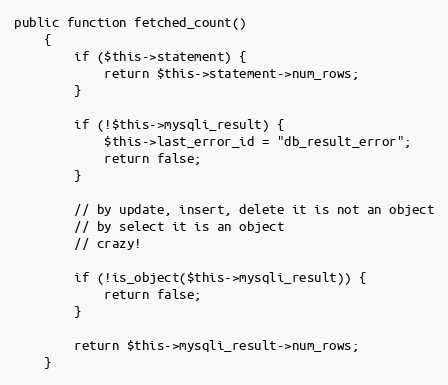
Language: PHP
public function fetched_count()
    {
        if ($this->statement) {
            return $this->statement->num_rows;
        }

        if (!$this->mysqli_result) {
            $this->last_error_id = "db_result_error";
            return false;
        }

        // by update, insert, delete it is not an object
        // by select it is an object
        // crazy!

        if (!is_object($this->mysqli_result)) {
            return false;
        }

        return $this->mysqli_result->num_rows;
    }